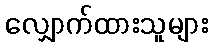
လျှောက်ထားသူများ